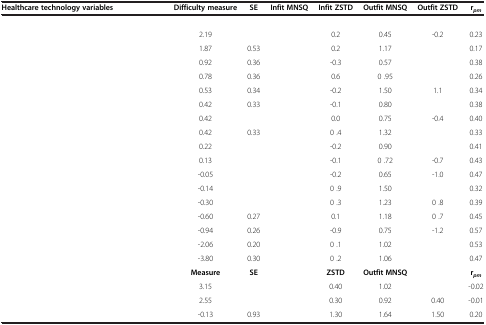
<table><thead><tr><td><b>Healthcare technology variables</b></td><td><b>Difficulty measure</b></td><td><b>SE</b></td><td><b>Infit MNSQ</b></td><td><b>Infit ZSTD</b></td><td><b>Outfit MNSQ</b></td><td><b>Outfit ZSTD</b></td><td><b>r<sub><i>pm</i></sub></b></td></tr></thead><tbody><tr><td>[EMPTY_CELL]</td><td>[EMPTY_CELL]</td><td>[EMPTY_CELL]</td><td>[EMPTY_CELL]</td><td>[EMPTY_CELL]</td><td>[EMPTY_CELL]</td><td>[EMPTY_CELL]</td><td>[EMPTY_CELL]</td></tr><tr><td>[EMPTY_CELL]</td><td>2.19</td><td>[EMPTY_CELL]</td><td>[EMPTY_CELL]</td><td>0.2</td><td>0.45</td><td>-0.2</td><td>0.23</td></tr><tr><td>[EMPTY_CELL]</td><td>1.87</td><td>0.53</td><td>[EMPTY_CELL]</td><td>0.2</td><td>1.17</td><td>[EMPTY_CELL]</td><td>0.17</td></tr><tr><td>[EMPTY_CELL]</td><td>0.92</td><td>0.36</td><td>[EMPTY_CELL]</td><td>-0.3</td><td>0.57</td><td>[EMPTY_CELL]</td><td>0.38</td></tr><tr><td>[EMPTY_CELL]</td><td>0.78</td><td>0.36</td><td>[EMPTY_CELL]</td><td>0.6</td><td>0 .95</td><td>[EMPTY_CELL]</td><td>0.26</td></tr><tr><td>[EMPTY_CELL]</td><td>0.53</td><td>0.34</td><td>[EMPTY_CELL]</td><td>-0.2</td><td>1.50</td><td>1.1</td><td>0.34</td></tr><tr><td>[EMPTY_CELL]</td><td>0.42</td><td>0.33</td><td>[EMPTY_CELL]</td><td>-0.1</td><td>0.80</td><td>[EMPTY_CELL]</td><td>0.38</td></tr><tr><td>[EMPTY_CELL]</td><td>0.42</td><td>[EMPTY_CELL]</td><td>[EMPTY_CELL]</td><td>0.0</td><td>0.75</td><td>-0.4</td><td>0.40</td></tr><tr><td>[EMPTY_CELL]</td><td>0.42</td><td>0.33</td><td>[EMPTY_CELL]</td><td>0 .4</td><td>1.32</td><td>[EMPTY_CELL]</td><td>0.33</td></tr><tr><td>[EMPTY_CELL]</td><td>0.22</td><td>[EMPTY_CELL]</td><td>[EMPTY_CELL]</td><td>-0.2</td><td>0.90</td><td>[EMPTY_CELL]</td><td>0.41</td></tr><tr><td>[EMPTY_CELL]</td><td>0.13</td><td>[EMPTY_CELL]</td><td>[EMPTY_CELL]</td><td>-0.1</td><td>0 .72</td><td>-0.7</td><td>0.43</td></tr><tr><td>[EMPTY_CELL]</td><td>-0.05</td><td>[EMPTY_CELL]</td><td>[EMPTY_CELL]</td><td>-0.2</td><td>0.65</td><td>-1.0</td><td>0.47</td></tr><tr><td>[EMPTY_CELL]</td><td>-0.14</td><td>[EMPTY_CELL]</td><td>[EMPTY_CELL]</td><td>0 .9</td><td>1.50</td><td>[EMPTY_CELL]</td><td>0.32</td></tr><tr><td>[EMPTY_CELL]</td><td>-0.30</td><td>[EMPTY_CELL]</td><td>[EMPTY_CELL]</td><td>0 .3</td><td>1.23</td><td>0 .8</td><td>0.39</td></tr><tr><td>[EMPTY_CELL]</td><td>-0.60</td><td>0.27</td><td>[EMPTY_CELL]</td><td>0.1</td><td>1.18</td><td>0 .7</td><td>0.45</td></tr><tr><td>[EMPTY_CELL]</td><td>-0.94</td><td>0.26</td><td>[EMPTY_CELL]</td><td>-0.9</td><td>0.75</td><td>-1.2</td><td>0.57</td></tr><tr><td>[EMPTY_CELL]</td><td>-2.06</td><td>0.20</td><td>[EMPTY_CELL]</td><td>0 .1</td><td>1.02</td><td>[EMPTY_CELL]</td><td>0.53</td></tr><tr><td>[EMPTY_CELL]</td><td>-3.80</td><td>0.30</td><td>[EMPTY_CELL]</td><td>0 .2</td><td>1.06</td><td>[EMPTY_CELL]</td><td>0.47</td></tr><tr><td>[EMPTY_CELL]</td><td><b>Measure</b></td><td><b>SE</b></td><td>[EMPTY_CELL]</td><td><b>ZSTD</b></td><td><b>Outfit MNSQ</b></td><td>[EMPTY_CELL]</td><td><b>r</b><sub><b><i>pm</i></b></sub></td></tr><tr><td>[EMPTY_CELL]</td><td>3.15</td><td>[EMPTY_CELL]</td><td>[EMPTY_CELL]</td><td>0.40</td><td>1.02</td><td>[EMPTY_CELL]</td><td>-0.02</td></tr><tr><td>[EMPTY_CELL]</td><td>2.55</td><td>[EMPTY_CELL]</td><td>[EMPTY_CELL]</td><td>0.30</td><td>0.92</td><td>0.40</td><td>-0.01</td></tr><tr><td>[EMPTY_CELL]</td><td>-0.13</td><td>0.93</td><td>[EMPTY_CELL]</td><td>1.30</td><td>1.64</td><td>1.50</td><td>0.20</td></tr></tbody></table>